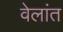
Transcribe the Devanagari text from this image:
वेलांत